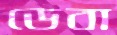
ডেবা